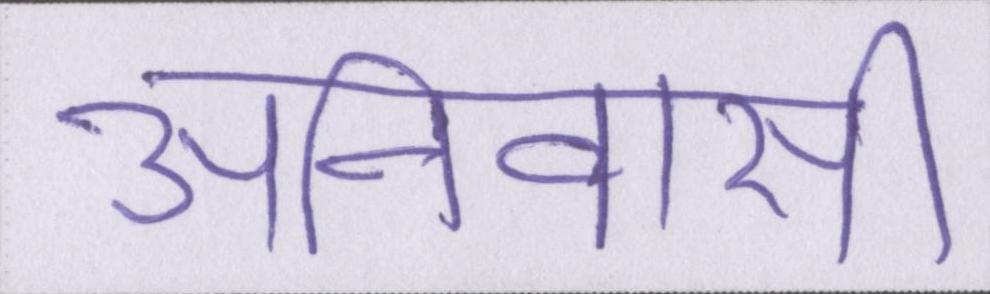
अनिवासी